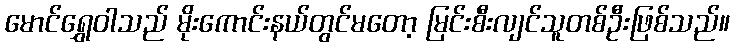
မောင်ရွှေဝါသည် မိုးကောင်းနယ်တွင်မတော့ မြင်းစီးလျင်သူတစ်ဦးဖြစ်သည်။